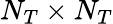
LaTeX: N_{T}\times N_{T}